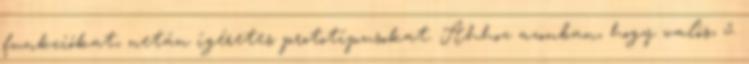
funkciókat, netán ígéretes prototípusokat. Ahhoz azonban, hogy valós, 5.